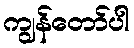
ကျွန်တော်ပါ